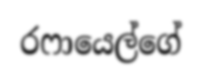
රෆායෙල්ගේ